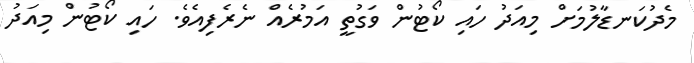
މެދުކަނޑާލުމަށް މިއަދު ހައި ކޯޓުން ވަގުތީ އަމުރެއް ނެރެފިއެވެ. ހައި ކޯޓުން މިއަދު